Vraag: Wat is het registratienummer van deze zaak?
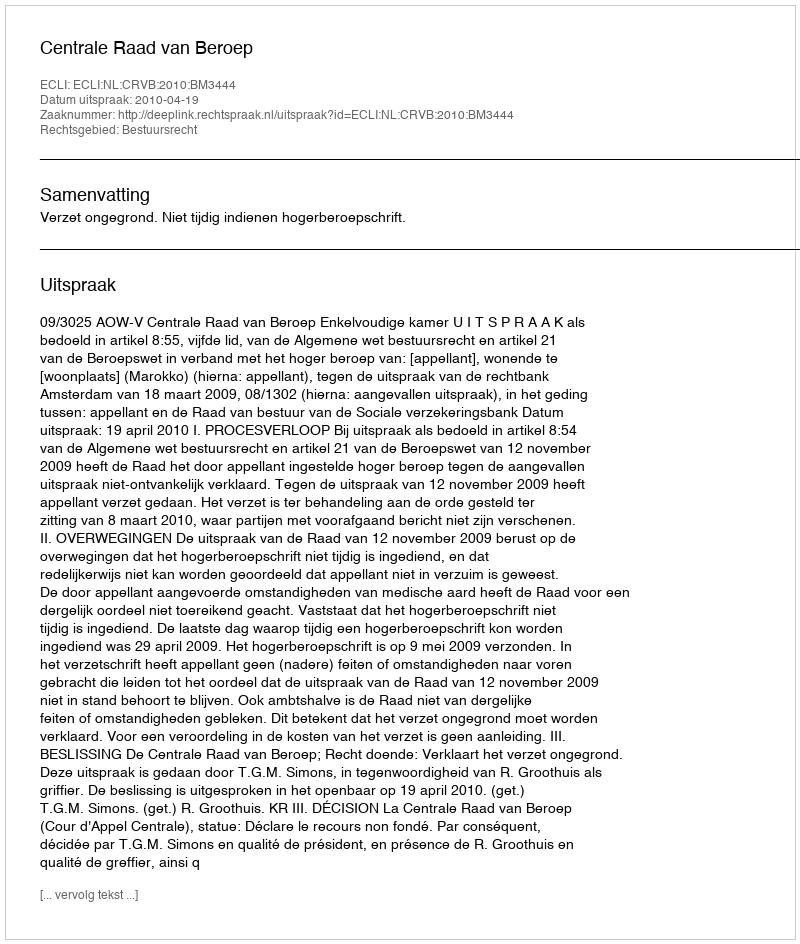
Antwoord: http://deeplink.rechtspraak.nl/uitspraak?id=ECLI:NL:CRVB:2010:BM3444